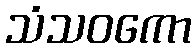
သံသဝကော